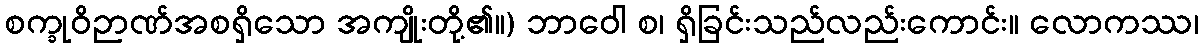
စက္ခုဝိဉာဏ်အစရှိသော အကျိုးတို့၏။) ဘာဝေါ စ၊ ရှိခြင်းသည်လည်းကောင်း။ လောကဿ၊